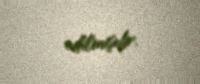
edilmişdir.